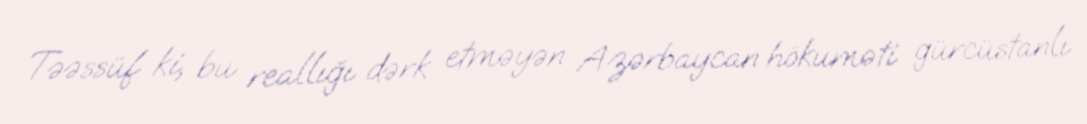
Təəssüf ki, bu reallığı dərk etməyən Azərbaycan hökuməti gürcüstanlı